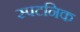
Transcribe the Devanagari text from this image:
स्पटनिक